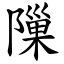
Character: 隟